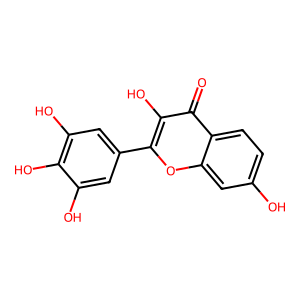
SMILES: O=c1c(O)c(-c2cc(O)c(O)c(O)c2)oc2cc(O)ccc12
Inhibits HIV replication: No